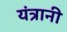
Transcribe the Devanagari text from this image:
यंत्रानी